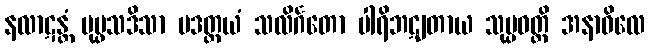
နလာဋန္တံ ပုပ္ဖသဒိသာ ပဒတ္တယံ သလိင်္ဂတော ပါရိဘဋျတာယ သုပ္ပဝတ္တိ အနာဝိလေ